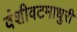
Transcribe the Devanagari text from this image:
वंशीवटमाधुरी